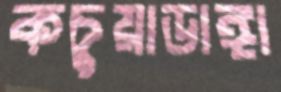
কচুয়াডাঙ্গা